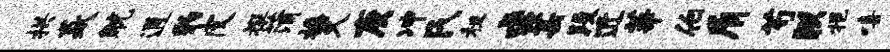
拱焱觥通豹皮撰蒲播久庚冲氏租求芸段近莘伯屑芍朕挹嘻